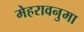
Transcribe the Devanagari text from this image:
मेहरावनुमा